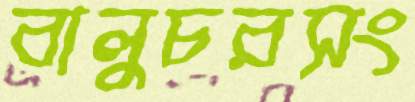
বালুচরসং